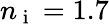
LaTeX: n_{\mathrm{~i~}}=1.7